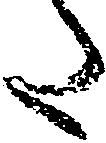
た